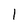
Character: 1